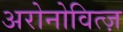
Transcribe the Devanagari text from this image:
अरोनोवित्ज़